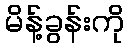
မိန့်ခွန်းကို